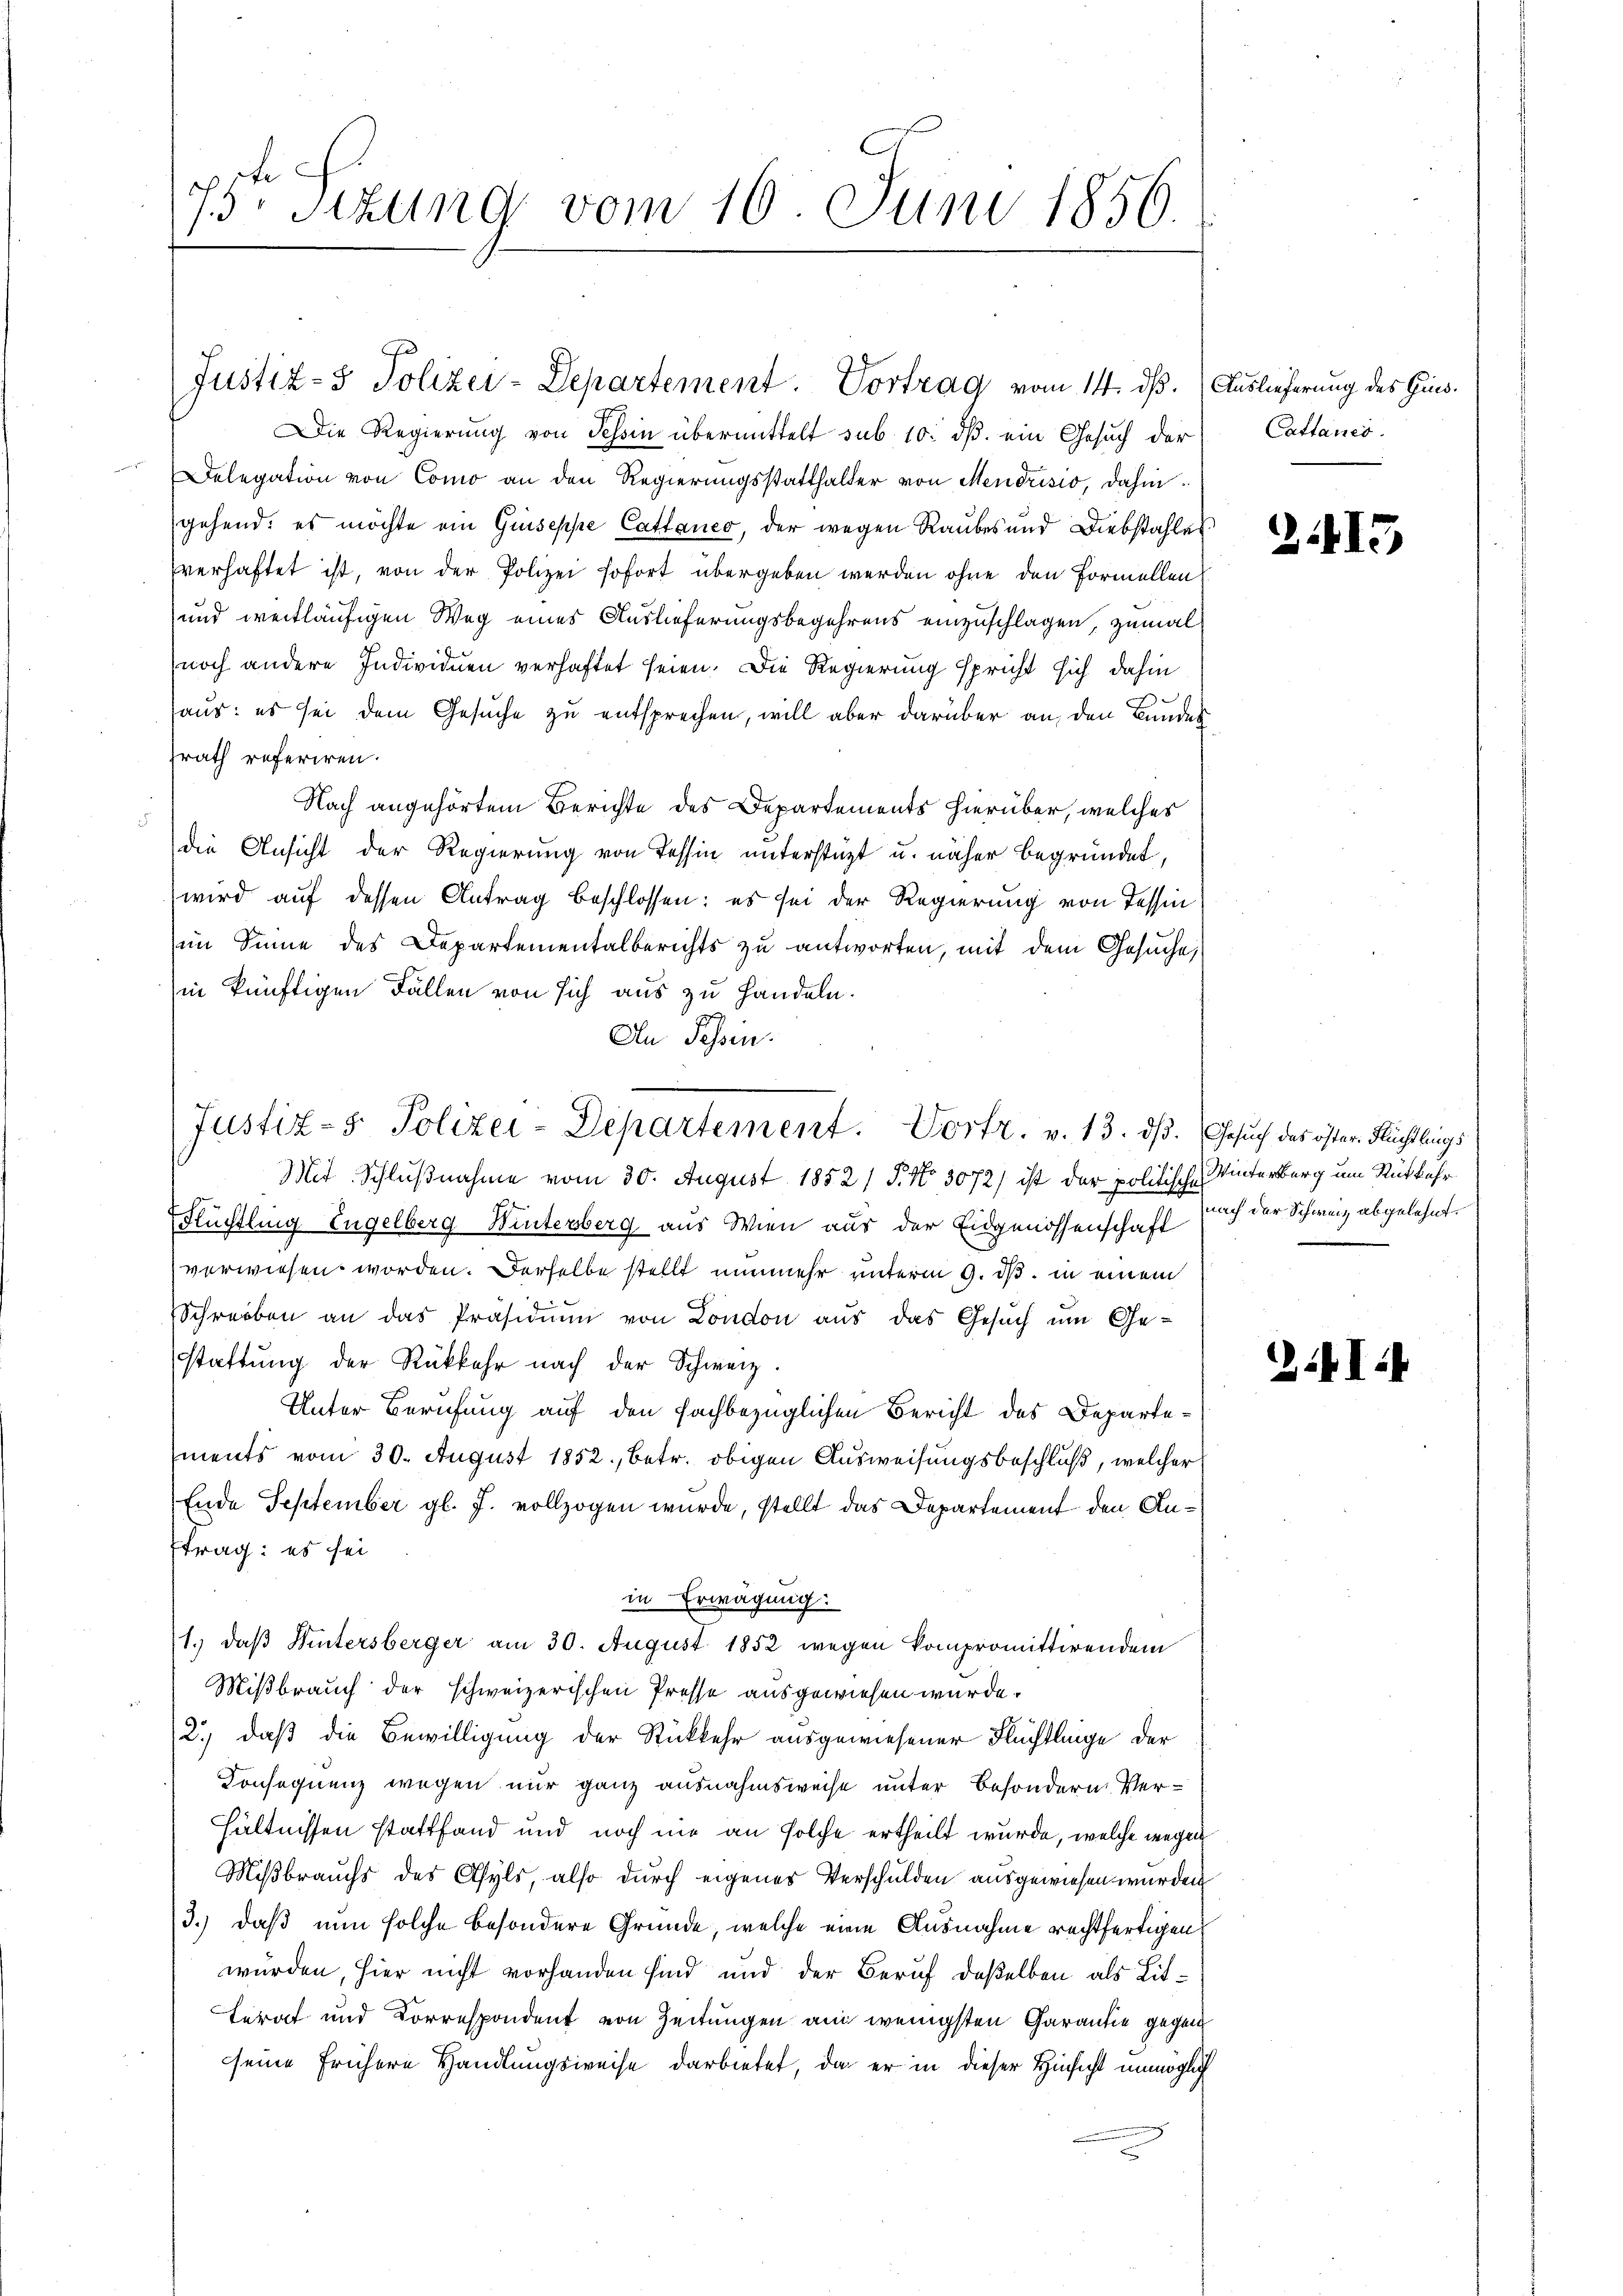
Die Regierŭng von Schin übermittelt sub 10. dβ. ein Gesŭch der Cattanes.
Delegation von Como an den Regierungsstatthalter von Mendrisio, dahin
gehend, es möchte ein Guseppe Cattanco, der wegen Raubes und Diebstahles
verhaftet ist, von der Polizei sofort übergeben werden ohne den Formellen
und weitläufigen Weg eines Auslieferungsbegehrens einzuschlagen, zumal
noch andere Individuen verhaftet seien. Die Regierung spricht sich dahin
aus: es sei dem Gesuche zu entsprechen, will aber darüber an, den Bundes
srath referiren.
Nach angehörtem Berichte des Departements hierüber, welches
die Ansicht der Regierung von Tessin unterstüzt u. näher begründet,
wird auf dessen Antrag beschlossen: es sei der Regierung von Tessin
im Sinne des Departementalberichts zu antworten, mit dem Gesŭche
in künftigen Fällen von sich aus zu handeln.
An Tessin.

Flüchtling Engelberg Winterberg aus Wien aus der Eidgenossenschaft auch der Schweiz abgelehnt.
verwiesen worden. Derselbe stellt nunmehr unterm 9. ds. in einem
Schreiben an das Präsidiŭm von London aus das Gesŭch ŭm Ge-
stattŭng der Rückkehr nach der Schweiz.
Unter Berufung auf den fachbezüglichen Bericht des Departements vom 30. August 1852, betr. obigen Ausweisungsbeschluß, welcher
Ende September gl. J. vollzogen wurde, stellt das Departement den Anftrag: es sei
in Erwägung:
Mißbrauch der schweizerischen Presse ausgewiesen würde.
2.) daß die Bewilligung der Rückkehr ausgewiesener Flüchtlinge der
Konsequenz wegen nur ganz ausnahmsweise unter besondern Verhältnissen stattfand und noch nie an solche ertheilt wurde, welche wegen
Mißbrauchs des Asyls, also durch eigenes Verschulden ausgewiesen wurden
3.) daß nun solche besondere Gründe, welche eine Ausnahme rechtfertigen
wurden, hier nicht vorhanden sind und der Beruf deßelben als Lit¬
Lerat und Korrespondent von Zeitungen am wenigsten Garantie gegen
seine frühere Handlungsweise darbietet, da er in dieser Hinsicht unmöglich

73 Sizung vom 10. Juni 1856.

Justiz- & Polizei-Departement. Vortrag vom 14. dß. Auslieferung des Hins¬

Justiz- & Polizei-Departement. Vortr. v. 13. dß. Gesuch das öster Flüchtlings
Mit Schlußnahme vom 30. August 1852 / P. No 3072) ist der politische Winterberg um Rükkehr

1.) daß Wintersberger am 30. August 1852 wegen kompromittirendem

2.415

I.4